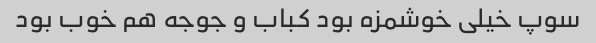
سوپ خیلی خوشمزه بود کباب و جوجه هم خوب بود